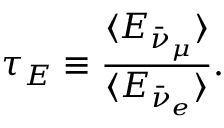
\tau _ { E } \equiv \frac { \langle E _ { \bar { \nu } _ { \mu } } \rangle } { \langle E _ { \bar { \nu } _ { e } } \rangle } .